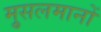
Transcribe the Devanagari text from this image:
मु्सलमानों